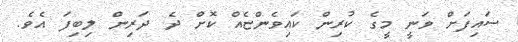
ސައިފަށް ވަނީ މީގެ ކުރިން ކައިވެންޏެއް ކޮށް ދެ ދަރިން ލިބިފަ އެވެ.